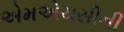
એમએચસીની